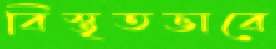
বিস্তৃতভাবে